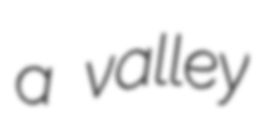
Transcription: a valley